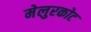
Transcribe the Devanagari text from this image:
मेलुरकोट